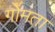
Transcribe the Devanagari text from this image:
गोमता